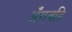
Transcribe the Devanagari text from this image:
अँगवहि